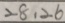
2 8 . 2 6